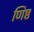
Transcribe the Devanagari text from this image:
णिष्ठ